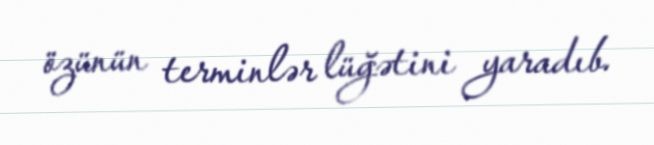
özünün terminlər lüğətini yaradıb.